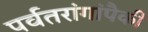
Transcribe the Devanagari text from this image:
पर्वतरांगांपैकी